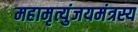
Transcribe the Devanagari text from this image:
महामृत्युंजयमंत्रस्य